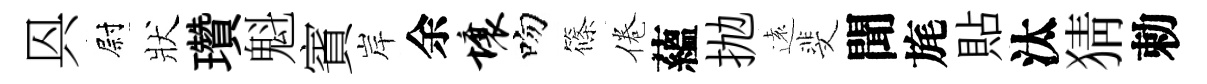
㒷尉狀瓚魁賓岸余壤吻篠倦蘊抛遠斐聞旄貼汰猜勅